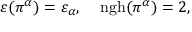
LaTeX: \varepsilon ( \pi ^ { \alpha } ) = \varepsilon _ { \alpha } , \; \; \; \; \mathrm { n g h } ( \pi ^ { \alpha } ) = 2 ,